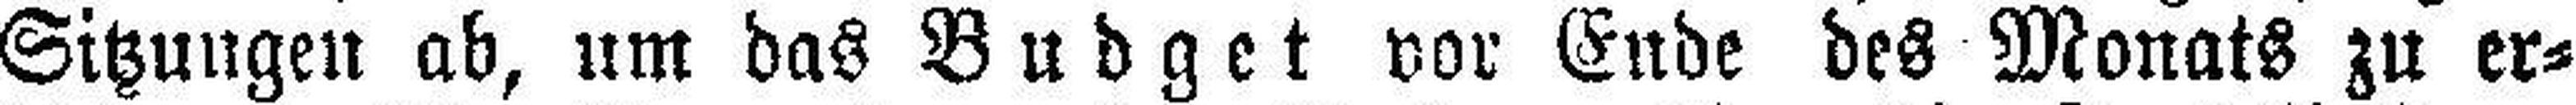
Sitzungen ab, um das Budget vor Ende des Monats zu er¬